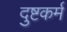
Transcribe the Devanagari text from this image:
दुष्टकर्म